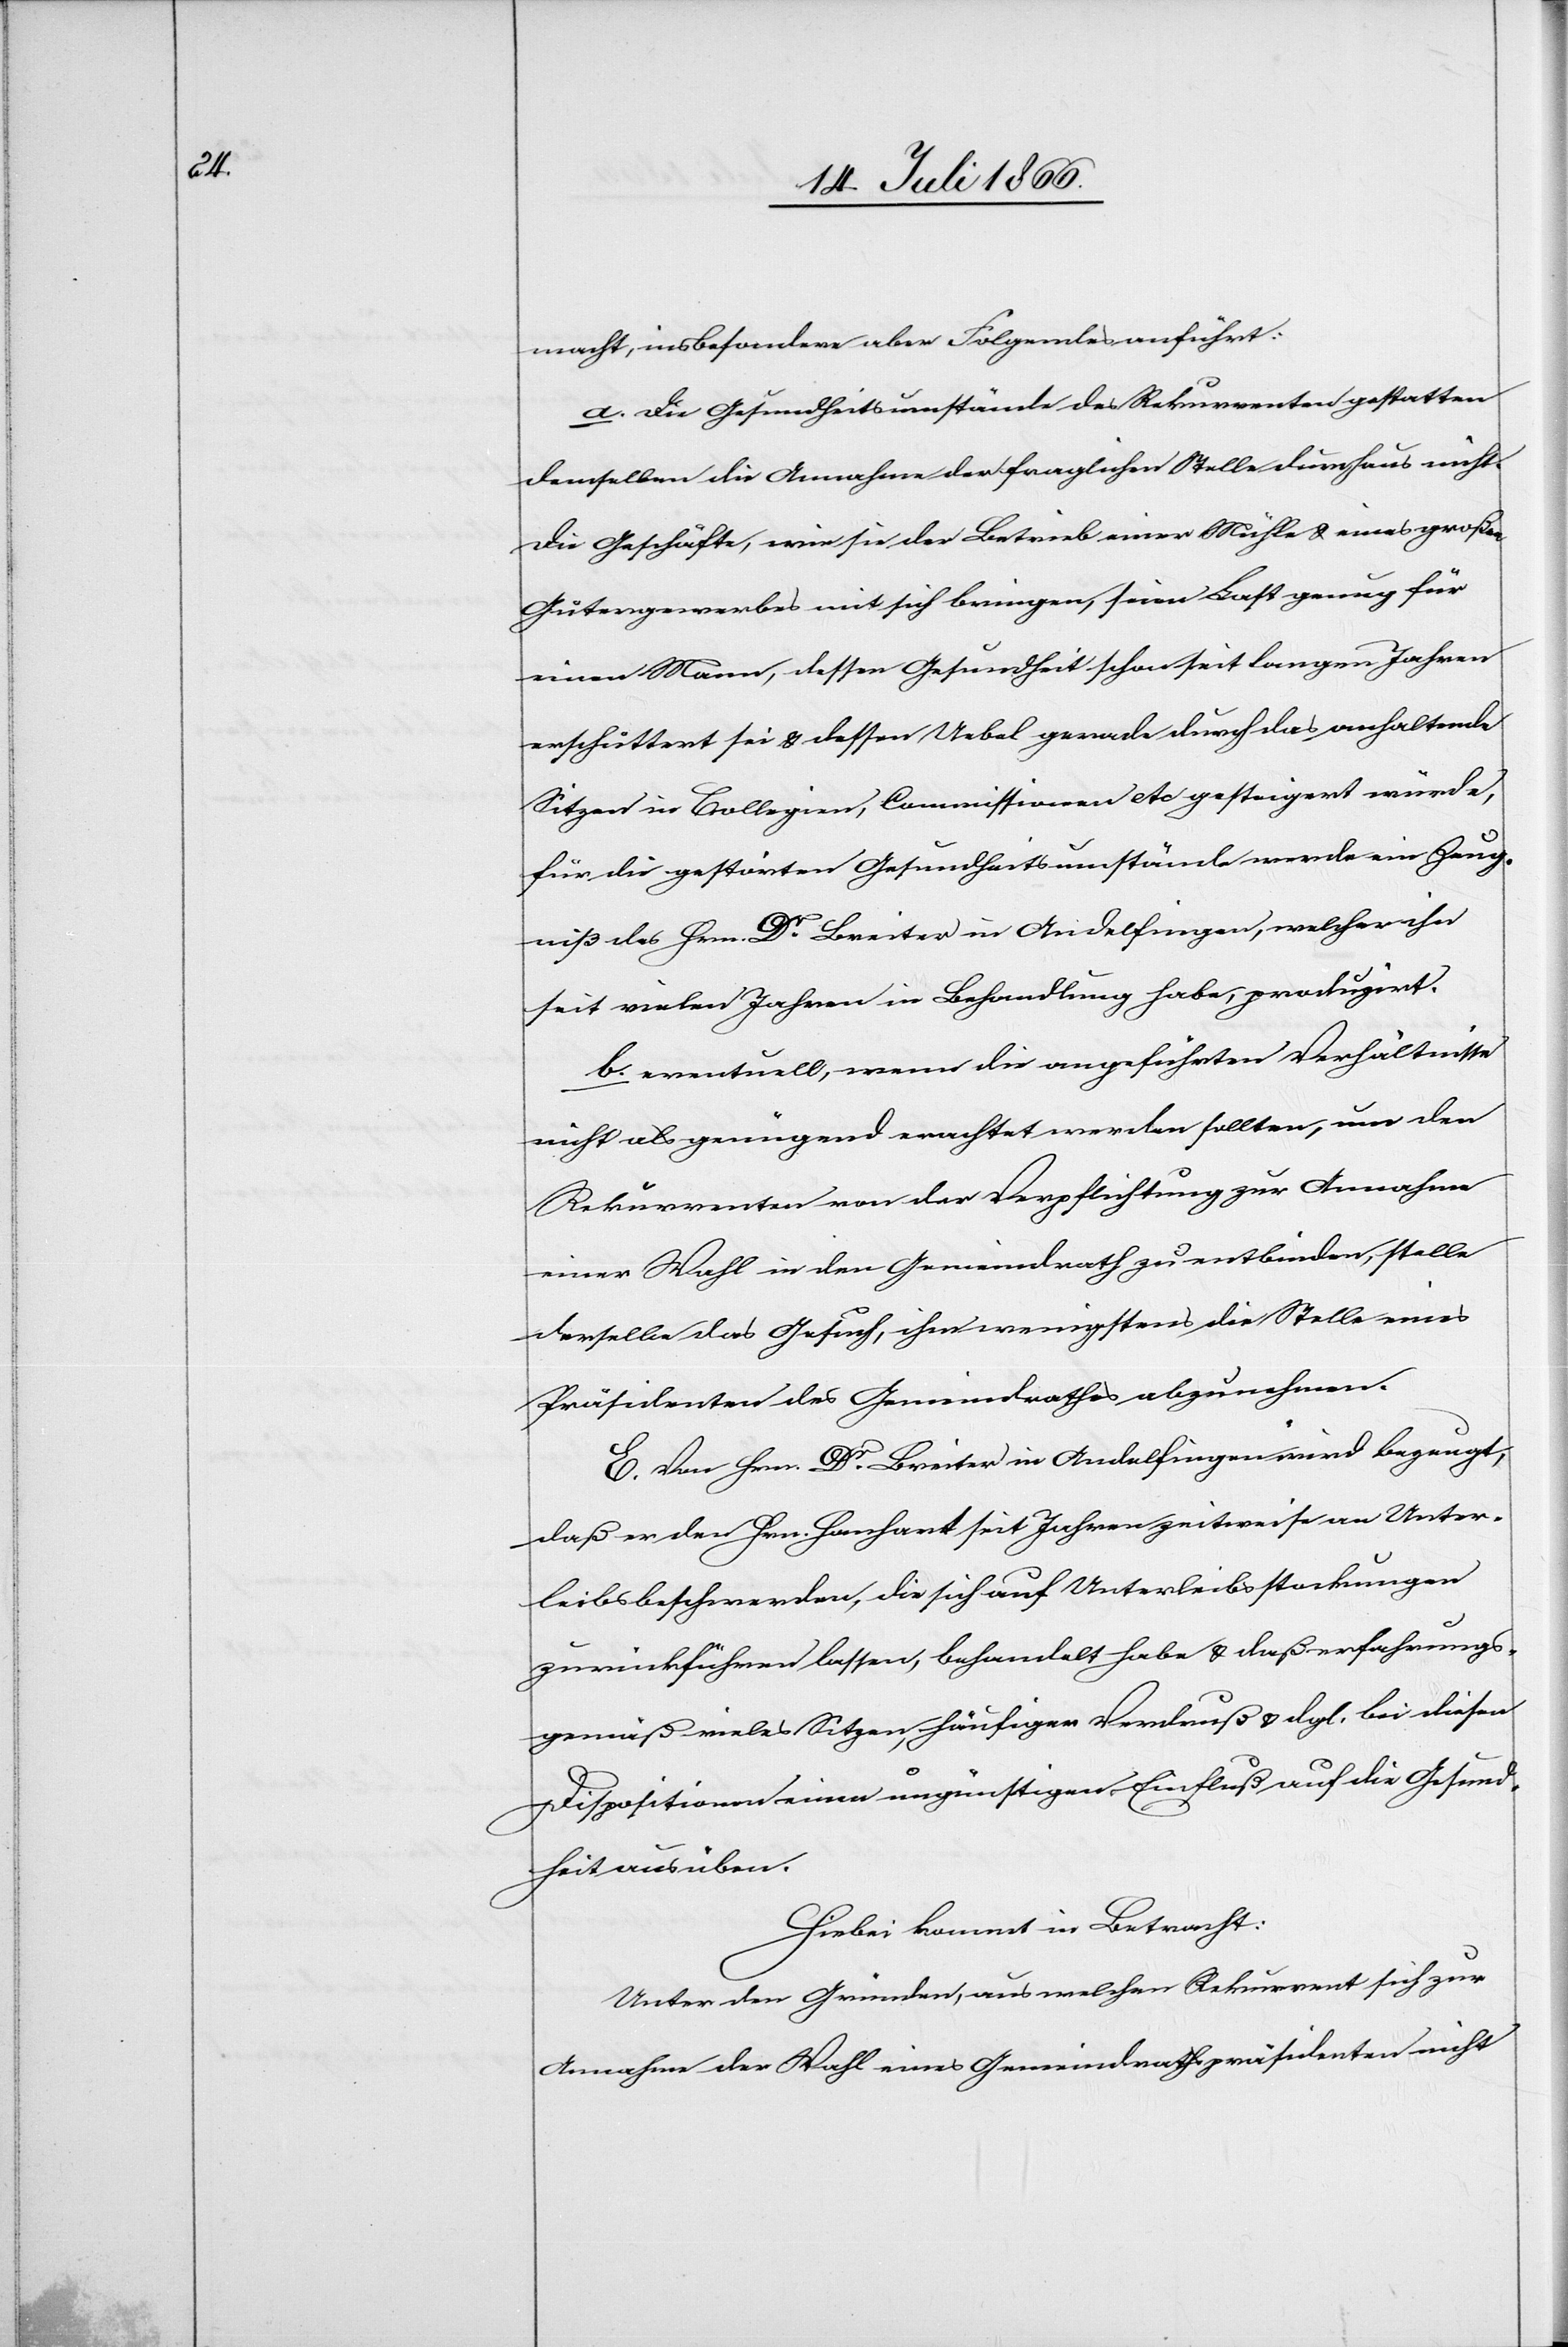
macht, insbesondere aber Folgendes anführt:
a. die Gesundheitsumstände des Rekurrenten gestatten
demselben die Annahme der fraglichen Stelle durchaus nicht;
die Geschäfte, wie sie der Betrieb einer Mühle u. eines großen
Gütergewerbes mit sich bringen, seien Last genug für
einen Mann, dessen Gesundheit schon seit langen Jahren
erschüttert sei u. dessen Uebel gerade durch das anhaltende
Sitzen in Collegien, Commissionen etc. gesteigert würde,
für die gestörte Gesundheitsumstände werde ein Zeug¬
niß des Hrn. Dr. Breiter in Andelfingen, welcher ihn
seit vielen Jahren in Behandlung habe, produzirt.
b. eventuell, wenn die angeführten Verhältnisse
nicht als genügend erachtet werden sollten, um den
Rekurrenten von der Verpflichtung zur Annahme
einer Wahl in den Gemeindrath zu entbinden, stelle
derselbe das Gesuch, ihm wenigstens die Stelle eines
Präsidenten des Gemeindrathes abzunehmen.
E. Von Hrn. Dr. Breiter in Andelfingen wird bezeugt,
daß er den Hrn. Hanhart seit Jahren zeitweise an Unter¬
leibsbeschwerden, die sich auf Unterleibsstockungen
zurückführen lassen, behandelt habe u. daß erfahrungs¬
gemäß vieles Sitzen, häufiger Verdruß u. dgl. bei diesen
Dispositionen einen ungünstigen Einfluß auf die Gesund¬
heit ausüben.
Hiebei kommt in Betracht:
Unter den Gründen, aus welchen Rekurrent sich zur
Annahme der Wahl eines Gemeindrathspräsidenten nicht